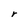
Character: r